Scottish Leaving Certificate Examination, 1957
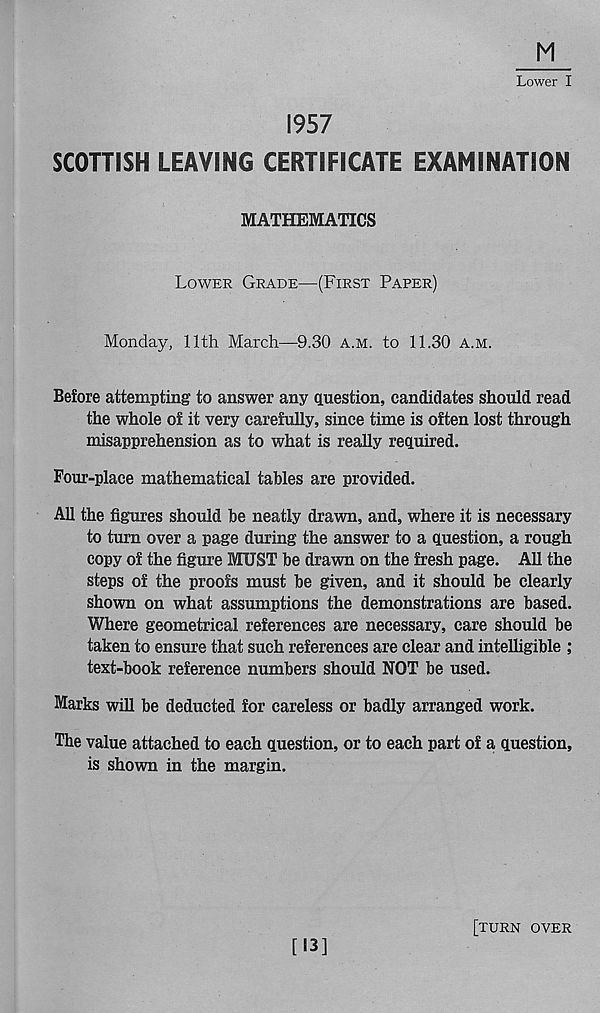
M
Lower I
1957
SCOTTISH LEAVING CERTIFICATE EXAMINATION
MATHEMATICS
Lower Grade—(First Paper)
Monday, 11th March—9.30 a.m. to 11.30 a.m.
Before attempting to answer any question, candidates should read
the whole of it very carefully, since time is often lost through
misapprehension as to what is really required.
Pour-place mathematical tables are provided.
All the figures should be neatly drawn, and, where it is necessary
to turn over a page during the answer to a question, a rough
copy of the figure MUST be drawn on the fresh page. All the
steps of the proofs must be given, and it should be clearly
shown on what assumptions the demonstrations are based.
Where geometrical references are necessary, care should be
taken to ensure that such references are clear and intelligible ;
text-book reference numbers should NOT be used.
Marks will be deducted for careless or badly arranged work.
The value attached to each question, or to each part of a question,
is shown in the margin.
[13]
[turn over